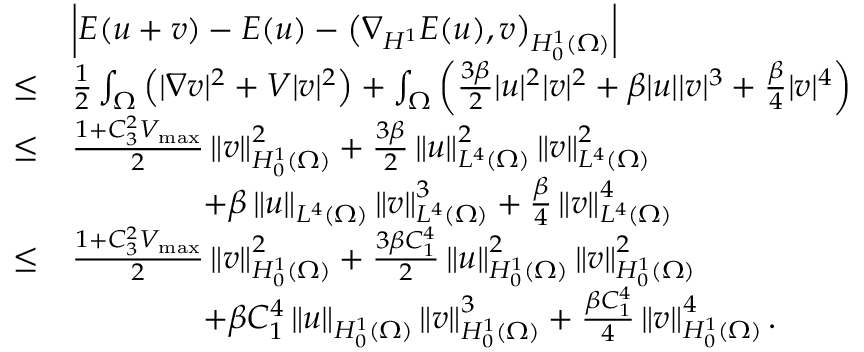
\begin{array} { r l } & { \left| E ( u + v ) - E ( u ) - \left( \nabla _ { H ^ { 1 } } E ( u ) , v \right) _ { H _ { 0 } ^ { 1 } ( \Omega ) } \right| } \\ { \leq } & { \frac { 1 } { 2 } \int _ { \Omega } \left( | \nabla v | ^ { 2 } + V | v | ^ { 2 } \right) + \int _ { \Omega } \left( \frac { 3 \beta } { 2 } | u | ^ { 2 } | v | ^ { 2 } + \beta | u | | v | ^ { 3 } + \frac { \beta } { 4 } | v | ^ { 4 } \right) } \\ { \leq } & { \frac { 1 + C _ { 3 } ^ { 2 } V _ { \operatorname* { m a x } } } { 2 } \left\Vert v \right\Vert _ { H _ { 0 } ^ { 1 } ( \Omega ) } ^ { 2 } + \frac { 3 \beta } { 2 } \left\Vert u \right\Vert _ { L ^ { 4 } ( \Omega ) } ^ { 2 } \left\Vert v \right\Vert _ { L ^ { 4 } ( \Omega ) } ^ { 2 } } \\ & { \qquad \qquad + \beta \left\Vert u \right\Vert _ { L ^ { 4 } ( \Omega ) } \left\Vert v \right\Vert _ { L ^ { 4 } ( \Omega ) } ^ { 3 } + \frac { \beta } { 4 } \left\Vert v \right\Vert _ { L ^ { 4 } ( \Omega ) } ^ { 4 } } \\ { \leq } & { \frac { 1 + C _ { 3 } ^ { 2 } V _ { \operatorname* { m a x } } } { 2 } \left\Vert v \right\Vert _ { H _ { 0 } ^ { 1 } ( \Omega ) } ^ { 2 } + \frac { 3 \beta C _ { 1 } ^ { 4 } } { 2 } \left\Vert u \right\Vert _ { H _ { 0 } ^ { 1 } ( \Omega ) } ^ { 2 } \left\Vert v \right\Vert _ { H _ { 0 } ^ { 1 } ( \Omega ) } ^ { 2 } } \\ & { \qquad \qquad + \beta C _ { 1 } ^ { 4 } \left\Vert u \right\Vert _ { H _ { 0 } ^ { 1 } ( \Omega ) } \left\Vert v \right\Vert _ { H _ { 0 } ^ { 1 } ( \Omega ) } ^ { 3 } + \frac { \beta C _ { 1 } ^ { 4 } } { 4 } \left\Vert v \right\Vert _ { H _ { 0 } ^ { 1 } ( \Omega ) } ^ { 4 } . } \end{array}